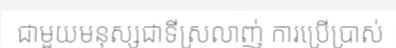
ជាមួយមនុស្សជាទីស្រលាញ់ ការប្រើប្រាស់